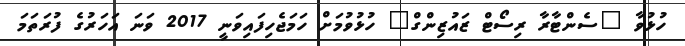
ހުޅުވާ "ސެންޓާރާ ރިސޯޓް ޒައުޒިންގް" ހުޅުވުމަށް ހަމަޖެހިފައިވަނީ 2017 ވަނަ އަހަރުގެ ފުރަތަމަ